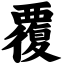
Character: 覆